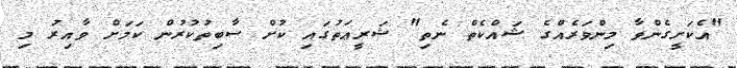
"އެކަށީގެންވާ މިންވަރެއްގެ ޝައްކެތް ނެތި" ޝަރީޢަތުގައި ކުށް ސާބިތުކުރުން ކަމަށް ވާއިރު މި